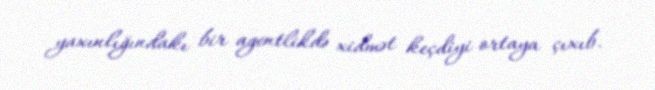
yaxınlığındakı bir agentlikdə xidmət keçdiyi ortaya çıxıb.